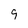
Character: 9